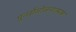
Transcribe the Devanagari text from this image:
पुनर्संयोजनात्मक